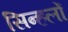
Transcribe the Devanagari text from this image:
सिन्हलों